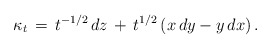
\begin{align*}\kappa_t \,=\, t^{-1/2}\,dz \,+\, t^{1/2} \left(x \, dy - y \, dx\right).\end{align*}